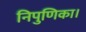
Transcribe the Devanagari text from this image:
निपुणिका।